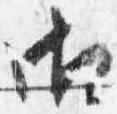
御